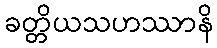
ခတ္တိယသဟဿာနိ